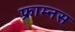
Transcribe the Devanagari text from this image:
फ्राम्नस